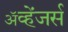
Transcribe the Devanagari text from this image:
ॲव्हेंजर्स